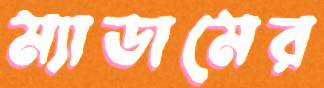
ম্যাডামের